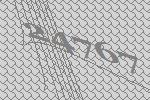
24767